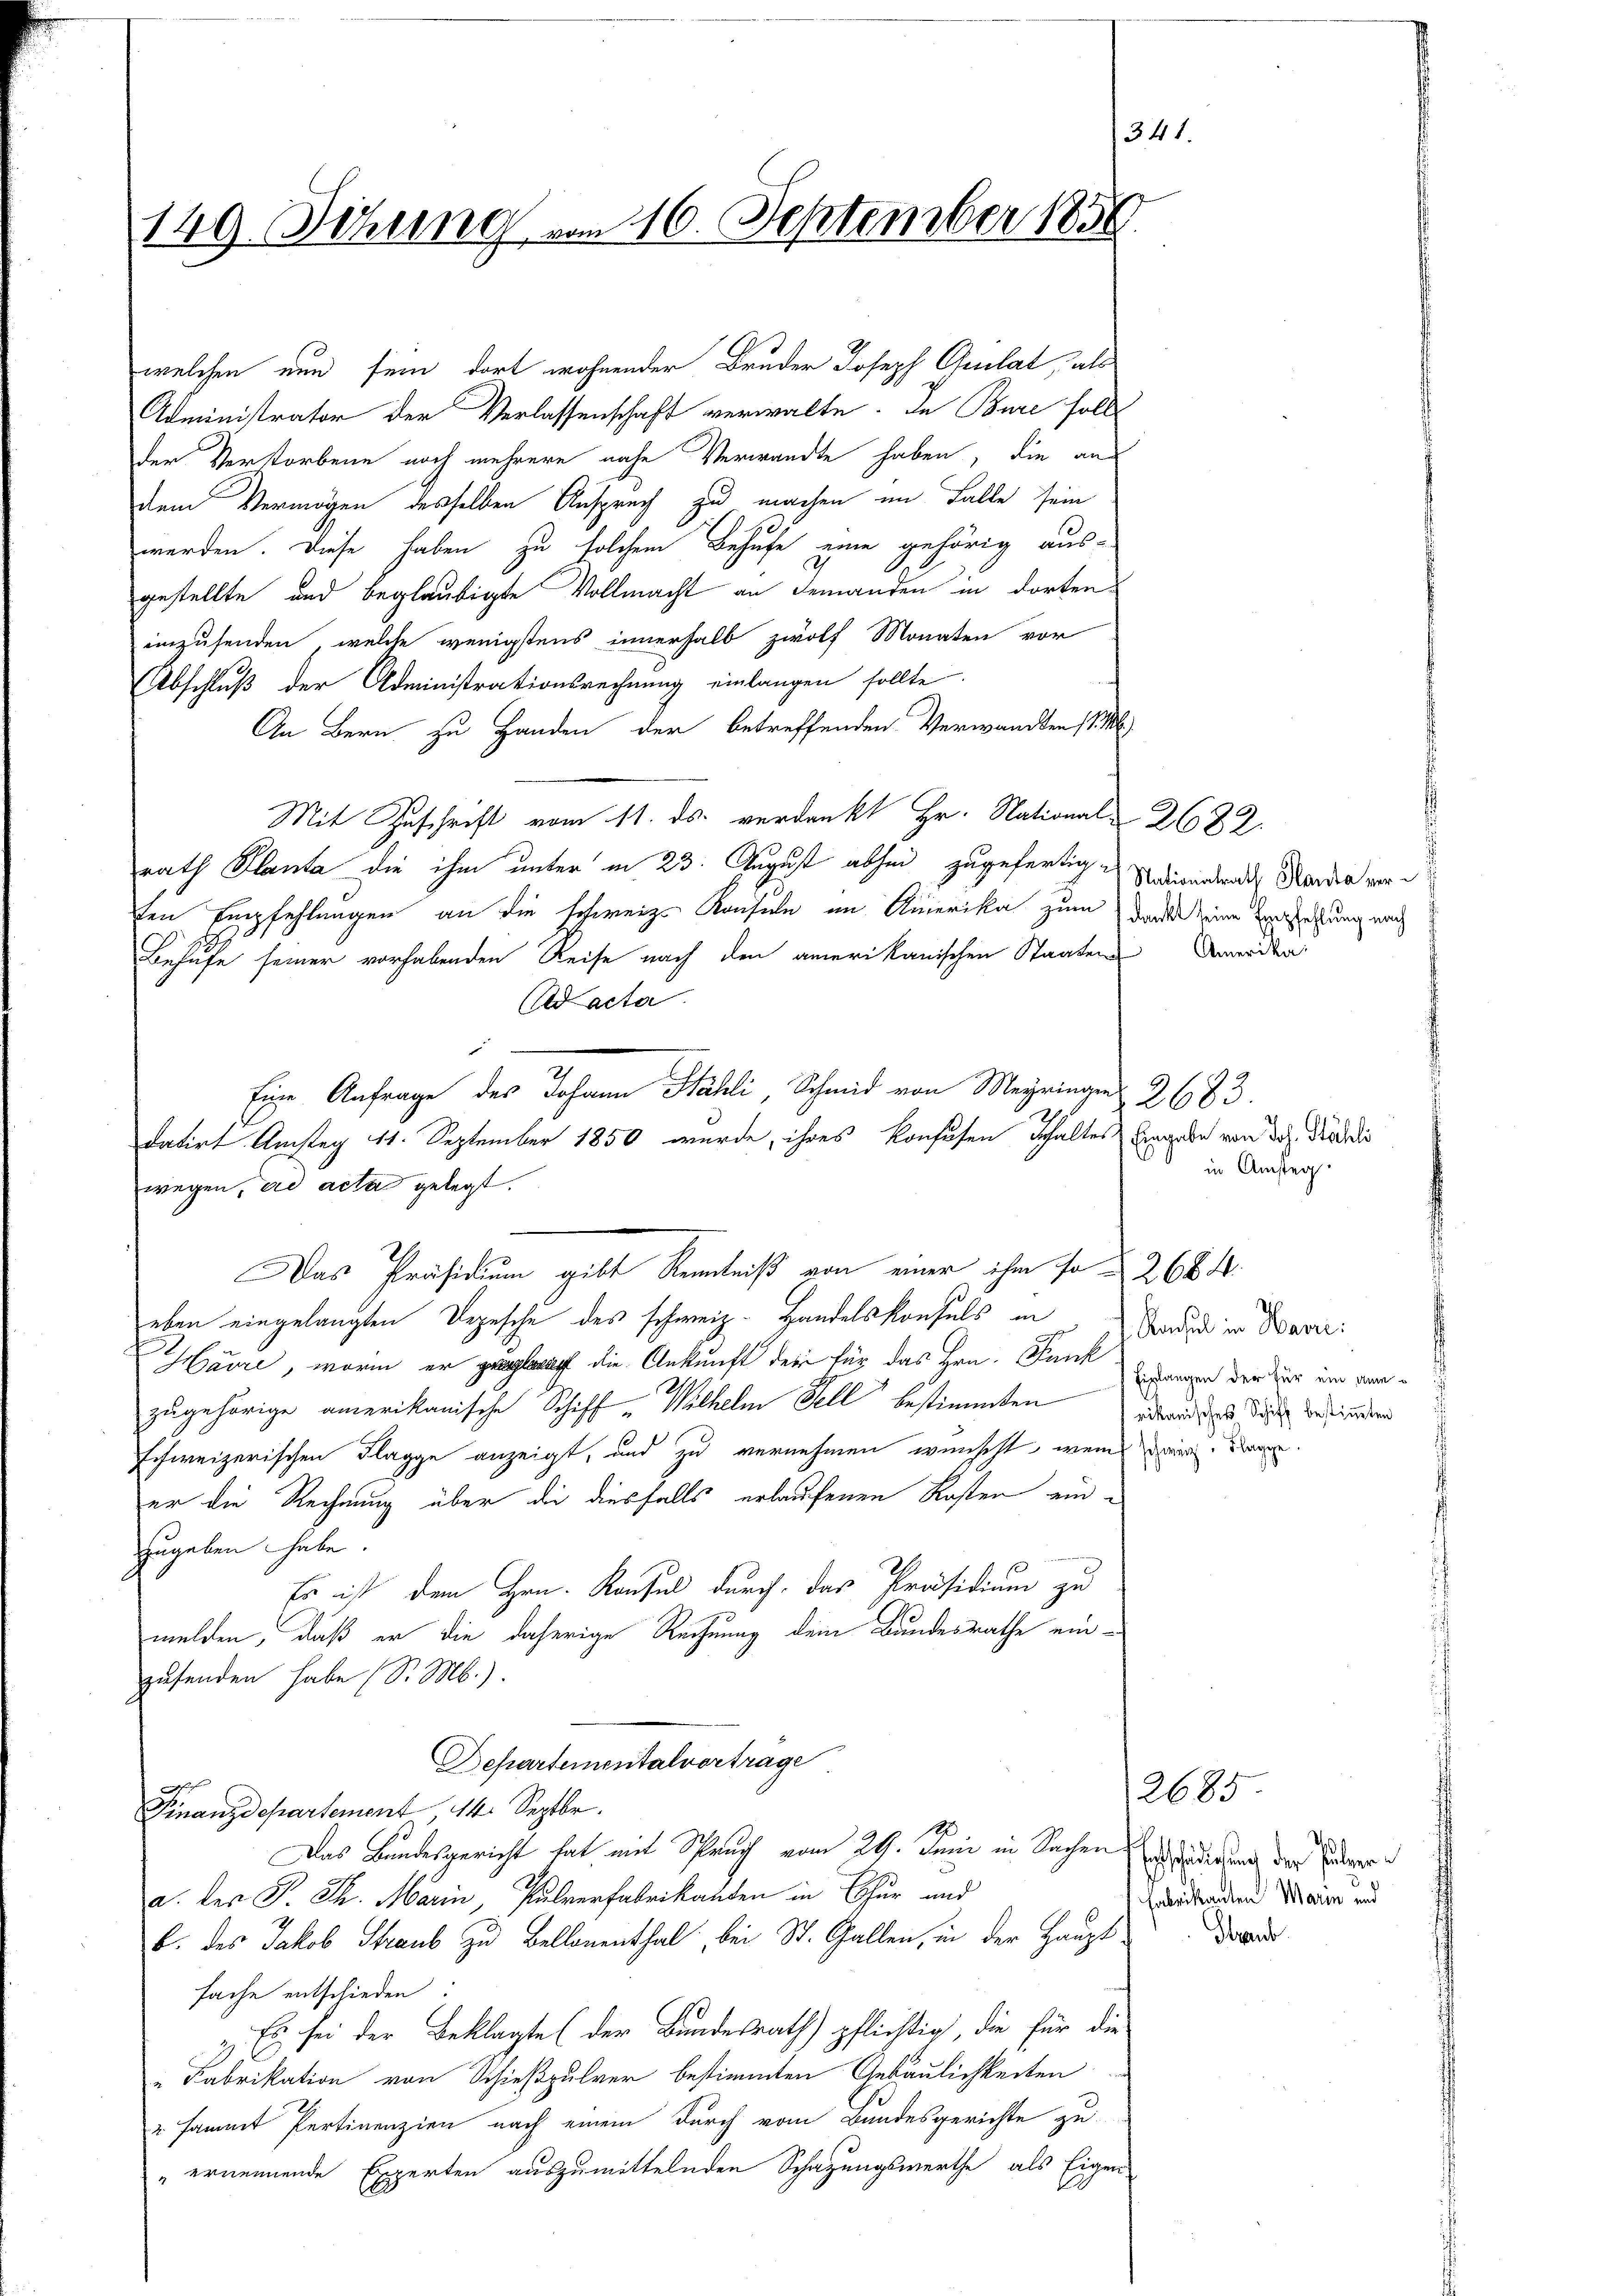
149. Sitzung vom 16. September 1856

welchen nun sein dort wohnender Bruder Joseph Gelat, als
Administrator der Verlassenschaft verwalte. In Bure soll
der Verstorbene noch mehrere nahe Verwandte haben, die aus
dem Vermögen desselben Anspruch zu machen im Falle sein
werden. Diese haben zu solchem Behufe eine gehörig ausgestellte und beglaubigte Vollmacht an Jemanden in dorten
einzusenden, welche wenigstens innerhalb zwölf Monaten vor
Abschluß der Administrationsrechnung einlangen sollte.
An Bern zu Handen der betreffenden Verwandten st
Mit Zuschrift vom 11. ds. verdankt Hr. National 2622.
rath Planta die ihm unter in 23. August abhin zugefertigendwardtrat Kandia vorten Empfehlungen an die schweiz. Konsuln im Amerika zum Dank keine Verfehlung nach
Behufe seiner vorhabenden Reise nach den amerikanischen Staaten Anorden
Ad acta
Eine Anfrage des Johann Stähli, Schmid von Meyringen 2683.
datirt Amstag 11. September 1850 wurde, ihres konfusen behaltes Eingabe von der Tradi
wegen, ad acta gelegt.
Das Präsidium gibt Kenntniß von einer ihm so  268 4.
eben eingelangten Depesche des schweiz. Handelskonsuls in Baden in Baser:
.
Haure, worin er gelauf die Ankunft der für das Hrn. Funk daran der zur um den
zugehörige amerikanische Schiff-Wilhelm Fell bestimmten Zuwendig diese befindern
schweizerischen Flagge anzeigt, und zu vernehmen wünscht, wenns zwei Tagen.
er die Rechnung über die diesfalls erlaufenen Kosten einzugeben habe.
Es ist dem Hrn. Konsul durch das Präsidium zu
melden, daß er die daherige Rechnung dem Bundesrathe einzusenden habe (S. M.).
Departementalvertrage
Finanzdepartement, 14. Septbr.
Das Bundesgericht hat mit Spruch vom 29. Juni in Sachen Anderung der Erdbeera. der P. Th. Marin, Pulverfabrikanten in Thur und
b. des Jakob Straub zu Bellanenthal, bei St. Gallen, in der Haupt-Do
fache entschieden.
Es sei der Beklagte (der Bundesrath pflichtig, die für die
"Fabrikation von Schießpulver bestimmten Gebäulichkeiten
u sammt Pertinenzien nach einem durch vom Bundesgerichte zu
"ernennende Experten auszumittelnden Schazungswerthe, als Eigen

341.

in Amstag.

2685
Fabrikanten Marin und